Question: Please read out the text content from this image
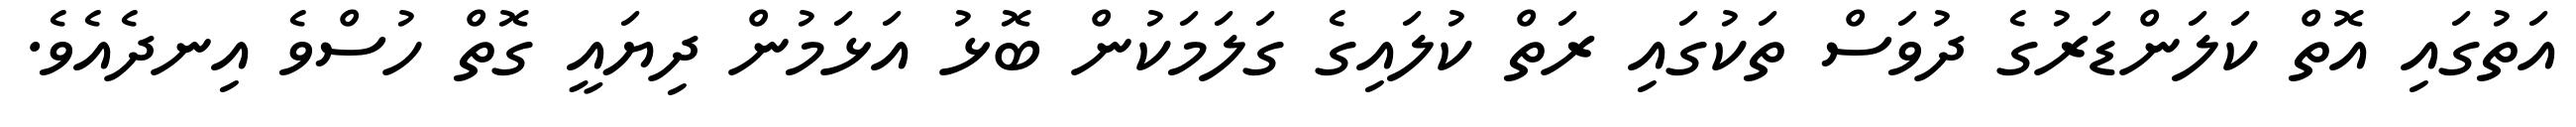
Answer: އަތުގައި އޮތް ކަލަންޑަރުގެ ދުވަސް ތަކުގައި ރަތް ކުލައިގެ ގަލަމަކުން ބޮޅު އަޅަމުން ދިޔައީ ގޮތް ހުސްވެ އިނދެއެވެ.